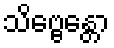
သိဗ္ဗေန္တော